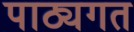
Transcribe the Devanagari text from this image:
पाठ्यगत